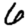
Digit: 6